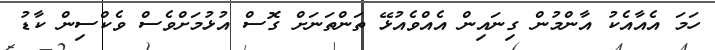
ހަމަ އެއާއެކު އާންމުން ގިނައިން އެއްވެއުޅޭ ތަންތަނަށް ގޮސް އުޅުމަށްވެސް ވެކްސިން ކާޑު